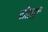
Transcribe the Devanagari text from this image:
वोत्सी